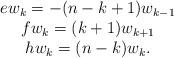
LaTeX: \begin{align*}\begin{array}{ccc}e w_{k}=-(n-k+1)w_{k-1}\\f w_{k}=(k+1)w_{k+1}\\hw_{k}=(n-k)w_{k}.\end{array}\end{align*}